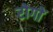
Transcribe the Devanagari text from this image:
रोगाें